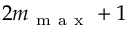
2 m _ { \mathrm { ~ m ~ a ~ x ~ } } + 1